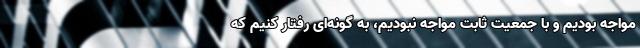
مواجه بودیم و با جمعیت ثابت مواجه نبودیم، به گونه‌ای رفتار کنیم که